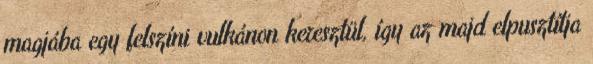
magjába egy felszíni vulkánon keresztül, így az majd elpusztítja